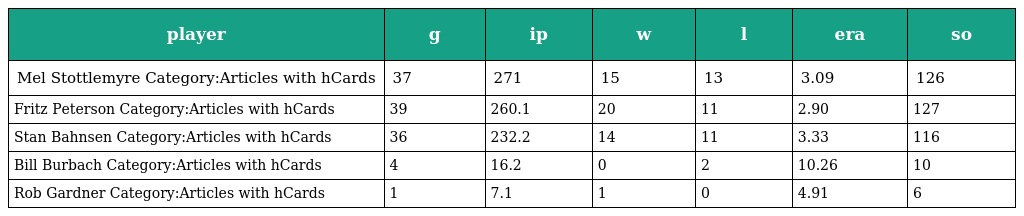
| player | g | ip | w | l | era | so |
 | --- | --- | --- | --- | --- | --- | --- |
 | Mel Stottlemyre Category:Articles with hCards | 37 | 271 | 15 | 13 | 3.09 | 126 |
 | Fritz Peterson Category:Articles with hCards | 39 | 260.1 | 20 | 11 | 2.90 | 127 |
 | Stan Bahnsen Category:Articles with hCards | 36 | 232.2 | 14 | 11 | 3.33 | 116 |
 | Bill Burbach Category:Articles with hCards | 4 | 16.2 | 0 | 2 | 10.26 | 10 |
 | Rob Gardner Category:Articles with hCards | 1 | 7.1 | 1 | 0 | 4.91 | 6 |